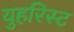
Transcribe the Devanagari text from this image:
युहरिस्ट